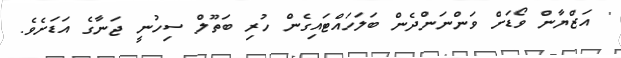
' އަޒްޔާން ވޯޑަށް ވަންނަންދެން ބަލަހައްޓައިގެން ހުރި ބަތޫލް ސިހުނީ ޖަނާގެ އަޑަށެވެ.